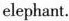
elephant.